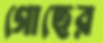
গোছের